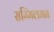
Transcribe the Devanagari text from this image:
सम्मिलमन